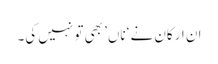
ان ارکان نے ‘ناں’ بھی تو نہیں کی۔